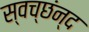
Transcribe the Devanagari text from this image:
स्वच्छंन्द